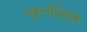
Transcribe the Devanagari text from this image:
स्कूलशिक्षक